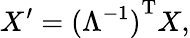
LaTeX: X^{\prime}={(\Lambda^{-1})}^{\mathrm{T}}X,